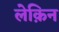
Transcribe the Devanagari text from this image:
लेक़िन